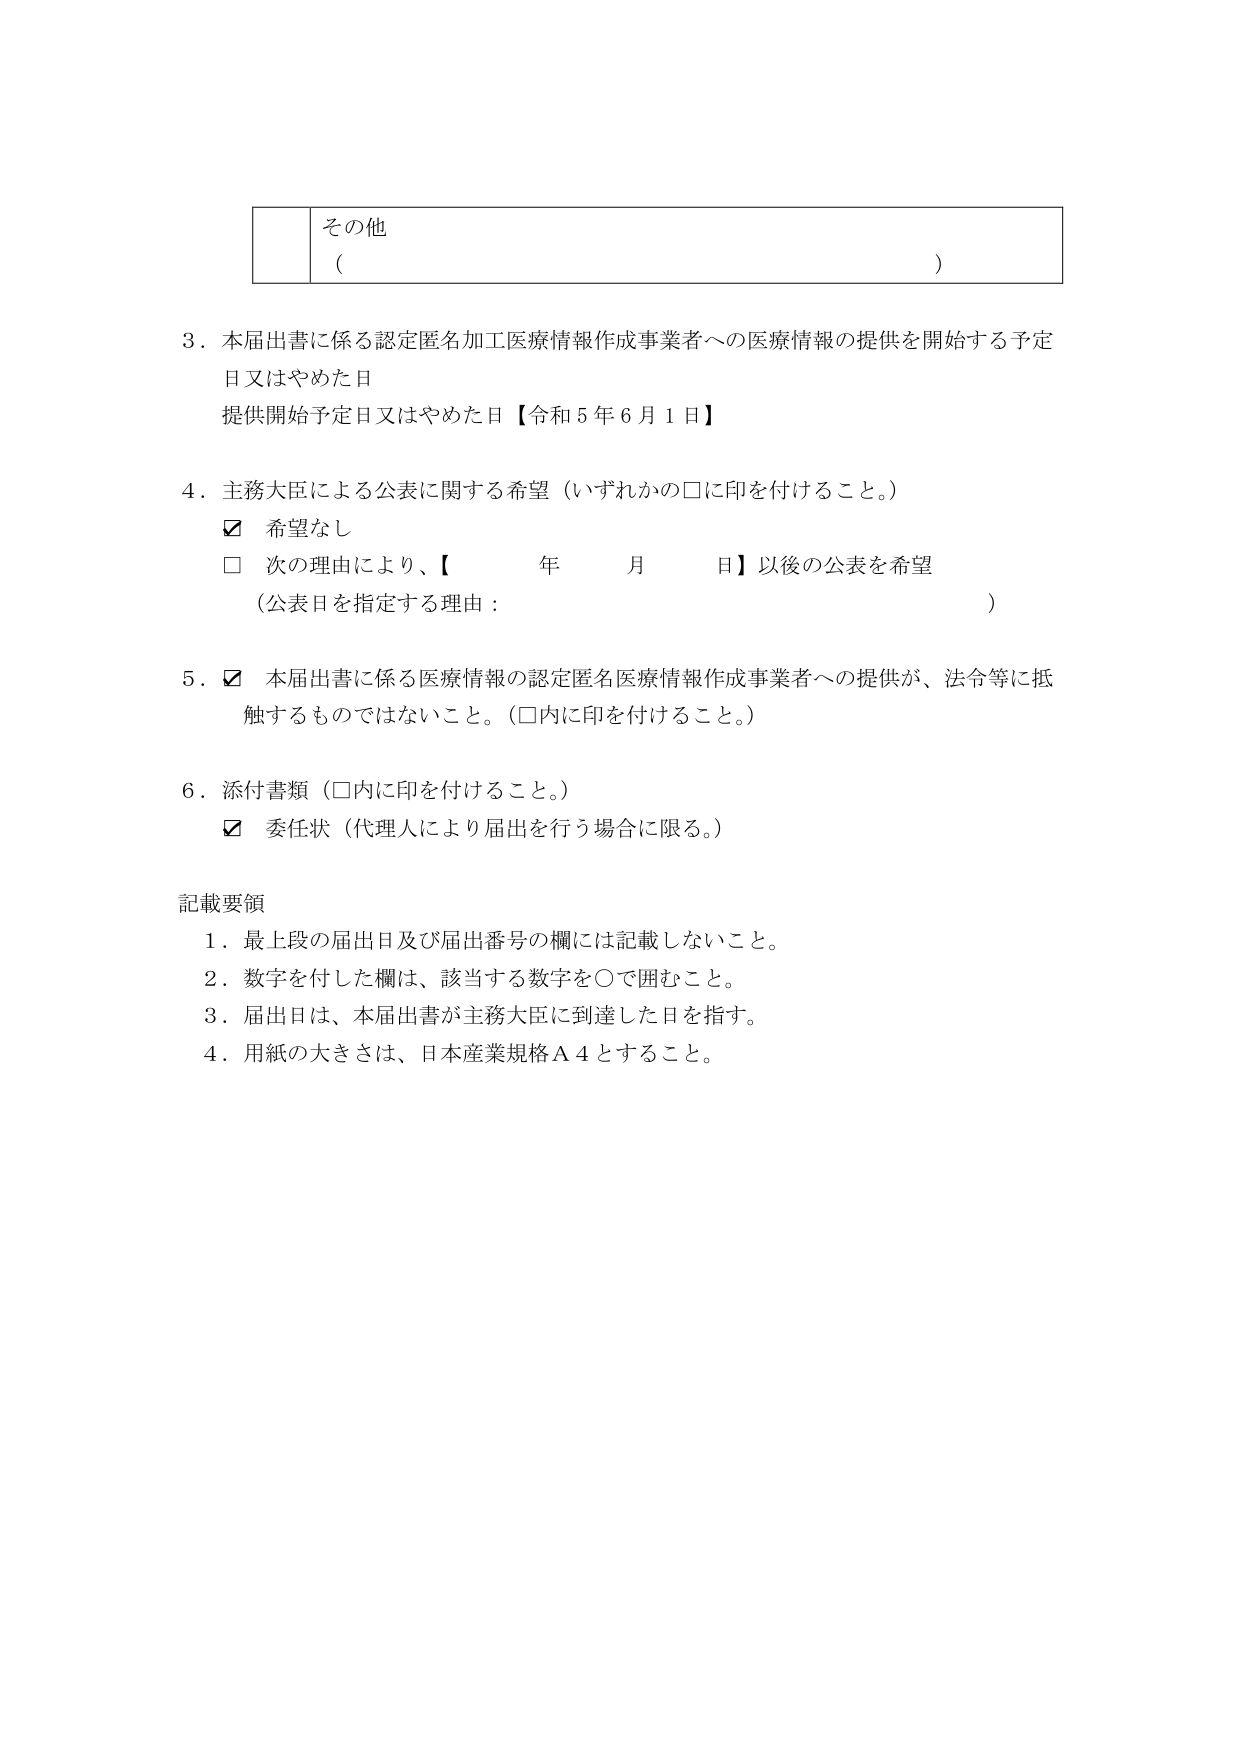
その他
（ ）

3．本届出書に係る認定匿名加工医療情報作成事業者への医療情報の提供を開始する予定日又はやめた日
提供開始予定日又はやめた日【令和5年6月1日】

4．主務大臣による公表に関する希望（いずれかの□に印を付けること。）
☑ 希望なし
□ 次の理由により、【 年 月 日】以後の公表を希望
（公表日を指定する理由： ）

5．☑ 本届出書に係る医療情報の認定匿名医療情報作成事業者への提供が、法令等に抵触するものではないこと。（□内に印を付けること。）

6．添付書類（□内に印を付けること。）
☑ 委任状（代理人により届出を行う場合に限る。）

記載要領
1．最上段の届出日及び届出番号の欄には記載しないこと。
2．数字を付した欄は、該当する数字を○で囲むこと。
3．届出日は、本届出書が主務大臣に到達した日を指す。
4．用紙の大きさは、日本産業規格Ａ４とすること。